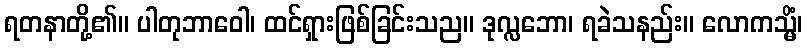
ရတနာတို့၏။ ပါတုဘာဝေါ၊ ထင်ရှားဖြစ်ခြင်းသည။ ဒုလ္လဘော၊ ရခဲသနည်း။ လောကသ္မိံ၊